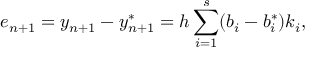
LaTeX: e _ { n + 1 } = y _ { n + 1 } - y _ { n + 1 } ^ { * } = h \sum _ { i = 1 } ^ { s } ( b _ { i } - b _ { i } ^ { * } ) k _ { i } ,